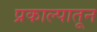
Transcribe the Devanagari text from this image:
प्रकाल्पातून